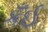
કઁઈ